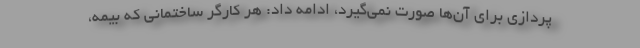
پردازی برای آن‌ها صورت نمی‌گیرد، ادامه داد: هر کارگر ساختمانی که بیمه،